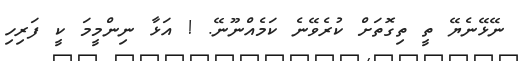
ނޭޅޭނެޔޭ ތީ ތިގޮތަށް ކުރެވޭނެ ކަމެއްނޫނޭ. ! އަޅާ ނިންމީމަ ކީ ފަރިހި